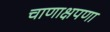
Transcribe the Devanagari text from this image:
चाणाक्षपणा